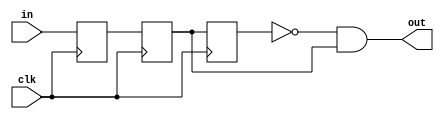
// Code your design here
module button(clk, in, out);
	
 	input clk;
  	input in;
	output out;
	reg r1,r2,r3;
	

	always@(posedge clk)
	begin
		
		r1 <= in;
	    r2 <= r1;
		r3 <= r2;
	
	end

	assign out = ~r3 & r2;

endmodule



module lock(clk,reset_in,b0_in,b1_in,out,hex_display);
	input clk,reset_in,b0_in,b1_in;
	output out;
	output[3:0] hex_display;
	wire reset,b0,b1;//sync + convert to pulses the push buttons

	parameter S_RESET = 0;
	parameter S_0 = 1;
	parameter S_01 = 2;
	parameter S_010 = 3;
	parameter S_0101 = 4;
	parameter S_01011 = 5;

	reg[2:0] state,next_state;
	
	always@(*) begin
      if(reset) next_state = S_RESET;
		else case(state)
			S_RESET:next_state = b0?S_0:b1?S_RESET:state;

			S_0:next_state = b0?S_0:b1?S_01:state;

			S_01:next_state = b0?S_010:b1?S_01:state;

			S_010:next_state = b0?S_0:b1?S_0101:state;

			S_0101:next_state = b0?S_010:b1?S_01011:state;

			S_01011:next_state = b0?S_0:b1?S_RESET:state;

			default:next_state = S_RESET;

		endcase

	end

	
	always @(posedge clk) state <= next_state;
	assign out = (state == S_01011);
    assign hex_display = {1'b0,state};
  
  
endmodule